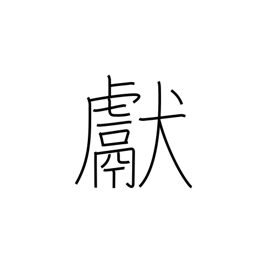
Meaning: show